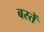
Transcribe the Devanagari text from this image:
बस्‍तें